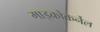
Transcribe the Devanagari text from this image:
माइक्रोकर्नेल